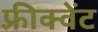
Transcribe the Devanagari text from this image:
फ़्रीक्वेंट